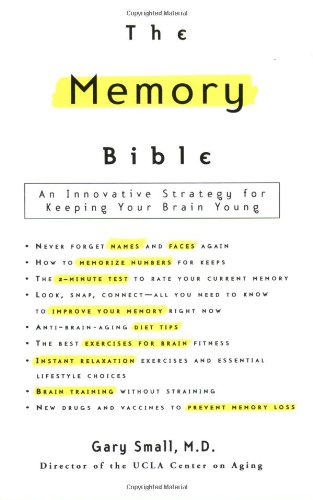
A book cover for The Memory Bible: An Innovative Strategy for Keeping Your Brain Young; Gary Small; Self-Help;